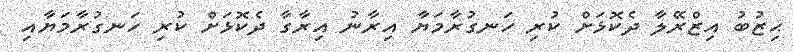
ޙިޒުބު އިޒްރޭލާ ދެކޮޅަށް ކުރި ހަނގުރާމަޔާ އިރާނު އިރާގާ ދެކޮޅަށް ކުރި ހަނގުރާމަޔާއި